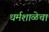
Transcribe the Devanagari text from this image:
धर्मशाळेचा